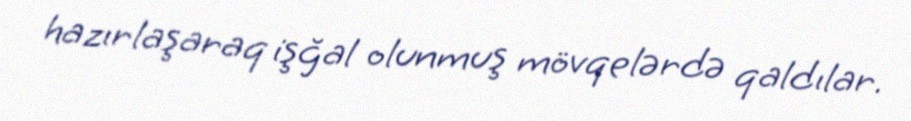
hazırlaşaraq işğal olunmuş mövqelərdə qaldılar.